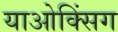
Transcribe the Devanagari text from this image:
याओक्सिंग